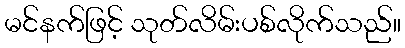
မင်နက်ဖြင့် သုတ်လိမ်းပစ်လိုက်သည်။